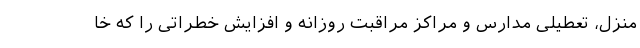
منزل، تعطیلی مدارس و مراکز مراقبت روزانه و افزایش خطراتی را که خا